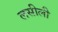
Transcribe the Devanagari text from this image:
लसीली